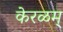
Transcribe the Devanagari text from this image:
केरळम्